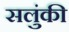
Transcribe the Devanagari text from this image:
सलुंकी